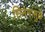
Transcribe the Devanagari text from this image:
सिनेमांमुळे